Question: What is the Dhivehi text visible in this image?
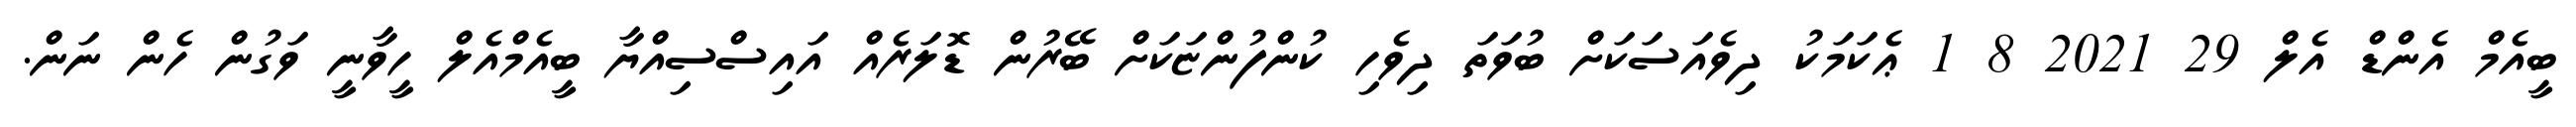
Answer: ބީއެމް އެންޑް އެލް 29 2021 8 1 ޢެކަމަކު ދިވެއަސަކަށް ބުވަތަ ދިވެހި ކުންފުންޏަކަށް ބޭރުން ޑޮލަރެއް އައިސްސިއްޔާ ބީއެމްއެލް ހީވާނީ ވަގުން ހެން ނަން.